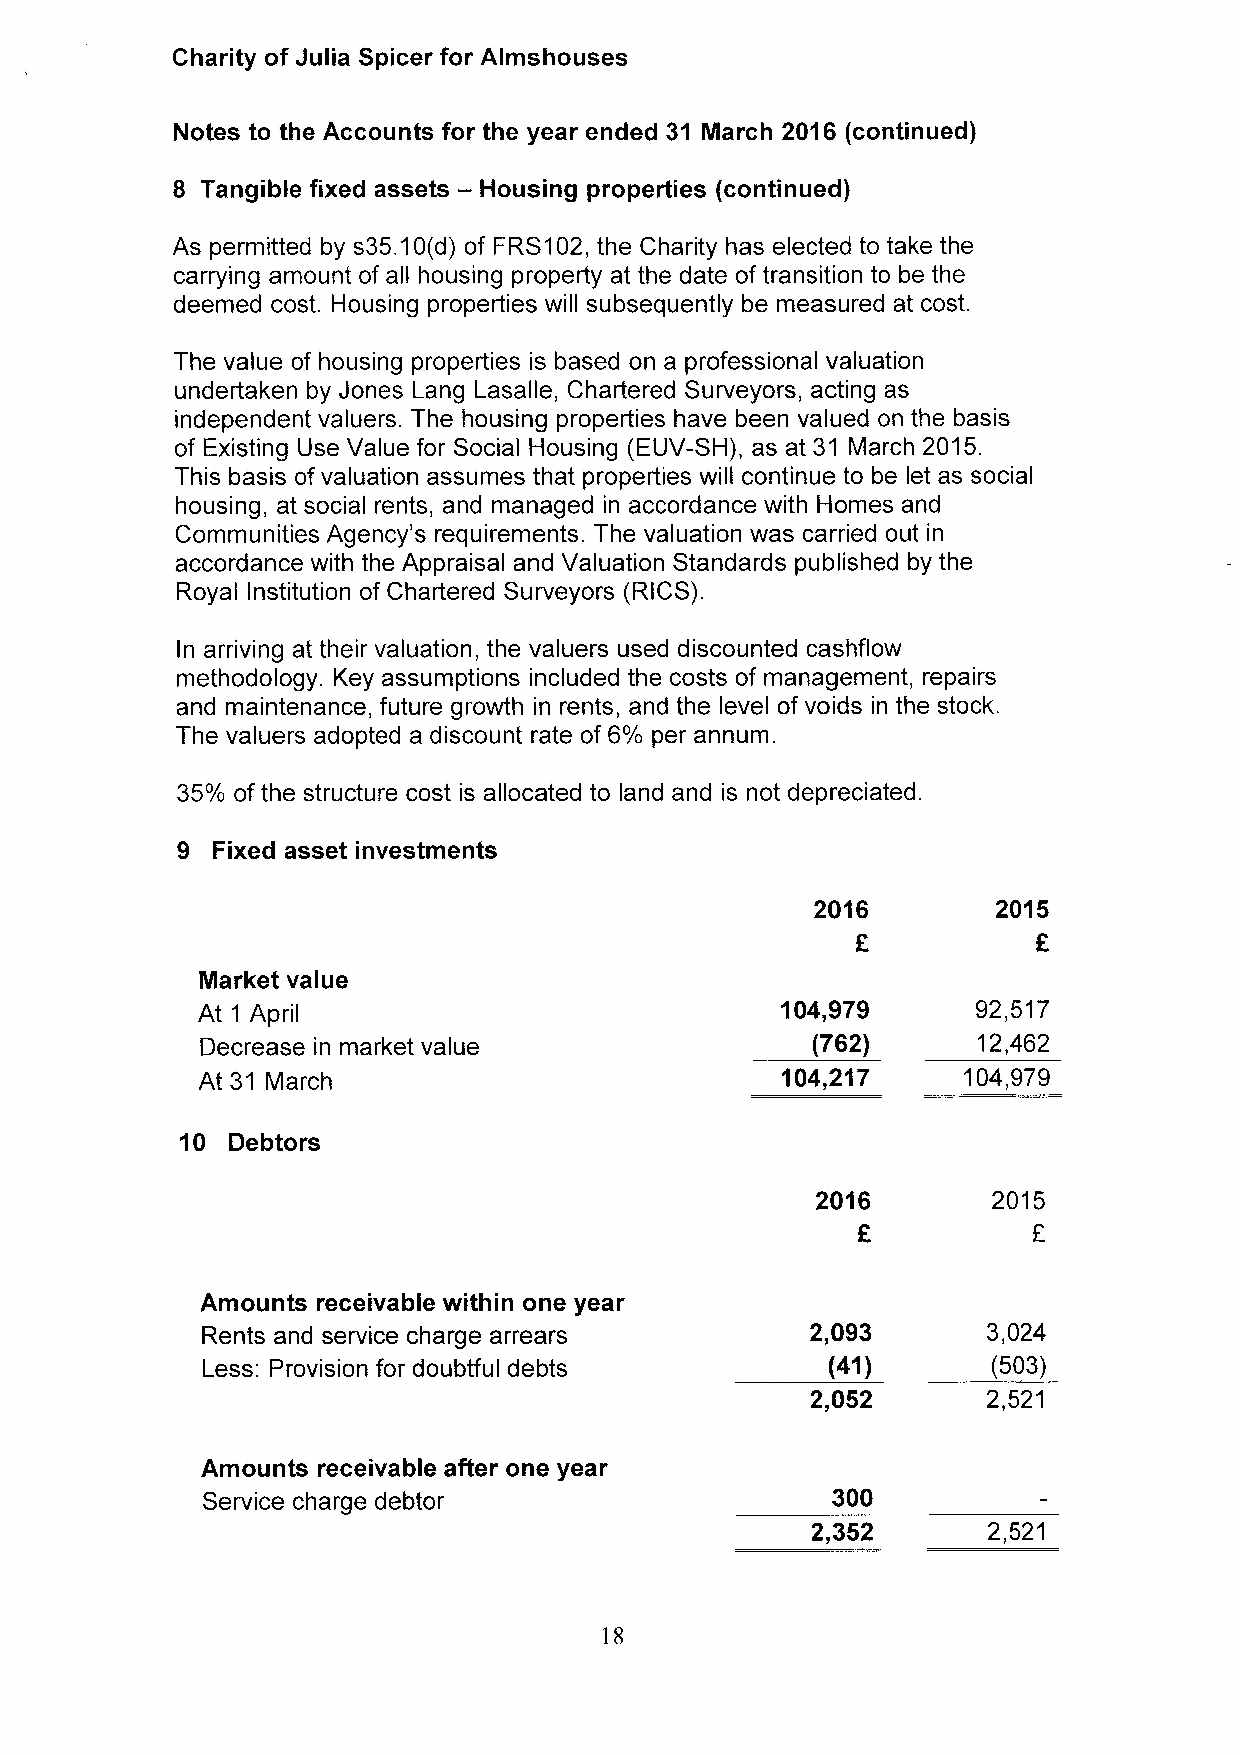
Charity of Julia Spicer for Almshouses
 Notes to the Accounts for the year ended 31 March 2016 (continued)
 8 Tangible fixed assets — Housing properties (continued)
 As permitted by s35.10(d) of FRS102, the Charity has elected to take the
 carrying amount of all housing property at the date of transition to be the
 deemed cost. Housing properties will subsequently be measured at cost.
 The value of housing properties is based on a professional valuation
 undertaken by Jones Lang Lasalle, Chartered Surveyors, acting as
 independent valuers. The housing properties have been valued on the basis
 of Existing Use Value for Social Housing (EUV-SH), as at 31 March 2015.
 This basis of valuation assumes that properties will continue to be let as social
 housing, at social rents, and managed in accordance with Homes and
 Communities Agency's requirements. The valuation was carried out in
 accordance with the Appraisal and Valuation Standards published by the
 Royal Institution of Chartered Surveyors (RICS).
 In arriving at their valuation, the valuers used discounted cashf low
 methodology. Key assumptions included the costs of management, repairs
 and maintenance, future growth in rents, and the level of voids in the stock.
 The valuers adopted a discount rate of 6% per annum.
 35% of the structure cost is allocated to land and is not depreciated.
 9 Fixed asset investments
 2016        2015
 Market value
 104,979      92,517
 At 1 April
 Decrease in market value                 (762)      12,462
 At 31 March                            104,217     104,979
 10 Debtors
 2016        2015
 E          E
 Amounts receivable within one year
 Rents and service charge arrears         2,093      3,024
 Less: Provision for doubtful debts        (41)       (503)
 2,052      2,521
 Amounts receivable after one year
 Service charge debtor                     300
 2,352      2,521
 18